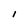
Character: I